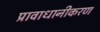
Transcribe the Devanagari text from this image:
प्रावाधानीकरण